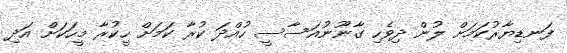
ފަނޑިޔާރުކަމަށް ލުން ދިވެހި ގާނޫނުއަސާސީ ހުއްދަ ކުރާ ކަމަށް ހީކުރާ މީހަކަށް އަދި